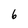
Character: 6